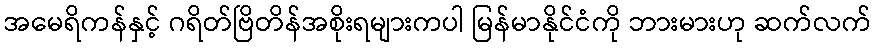
အမေရိကန်နှင့် ဂရိတ်ဗြိတိန်အစိုးရများကပါ မြန်မာနိုင်ငံကို ဘားမားဟု ဆက်လက်